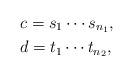
LaTeX: \begin{align*}&c = s_1\cdots s_{n_1},\\&d = t_1\cdots t_{n_2},\end{align*}